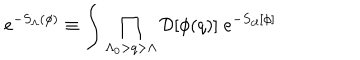
LaTeX: e ^ { - S _ { \Lambda } ( \phi ) } \equiv \int \prod _ { \Lambda _ { 0 } > q > \Lambda } { \cal D } [ \phi ( { q } ) ] \; e ^ { - S _ { c l } [ \phi ] }